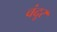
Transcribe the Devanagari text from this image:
वंदूर